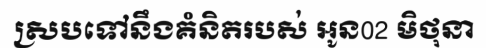
ស្របទៅនឹងគំនិតរបស់ អូន02 មិថុនា